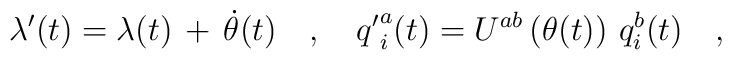
\lambda'(t)=\lambda(t)\,+\,\dot{\theta}(t)\ \ \ ,\ \ \ {q'}^a_i(t)=U^{ab}\left(\theta(t)\right)\,q^b_i(t)\ \ \ ,